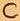
Text: C